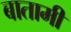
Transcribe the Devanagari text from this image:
बातामी